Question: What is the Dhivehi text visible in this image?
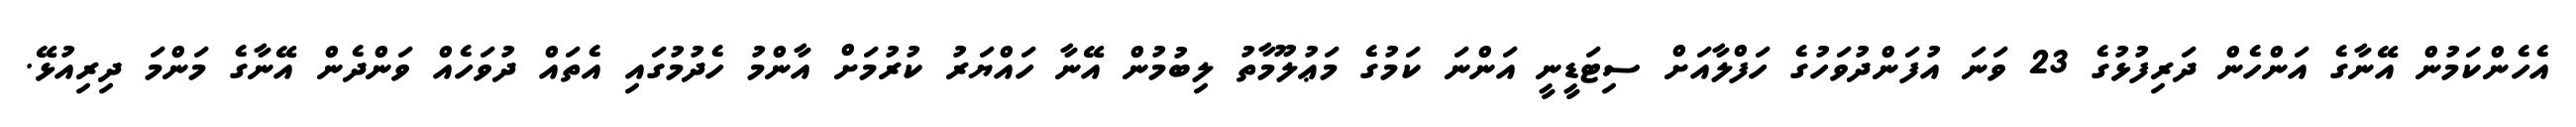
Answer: އެހެންކަމުން އޭނާގެ އަންހެން ދަރިފުޅުގެ 23 ވަނަ އުފަންދުވަހުގެ ހަފްލާއަށް ސިޓަޑީނީ އަންނަ ކަމުގެ މަޢުލޫމާތު ލިބުމުން އޭނާ ހައްޔަރު ކުރުމަށް އާންމު ހެދުމުގައި އެތައް ދުވަހެއް ވަންދެން އޭނާގެ މަންމަ ދިރިއުޅޭ.